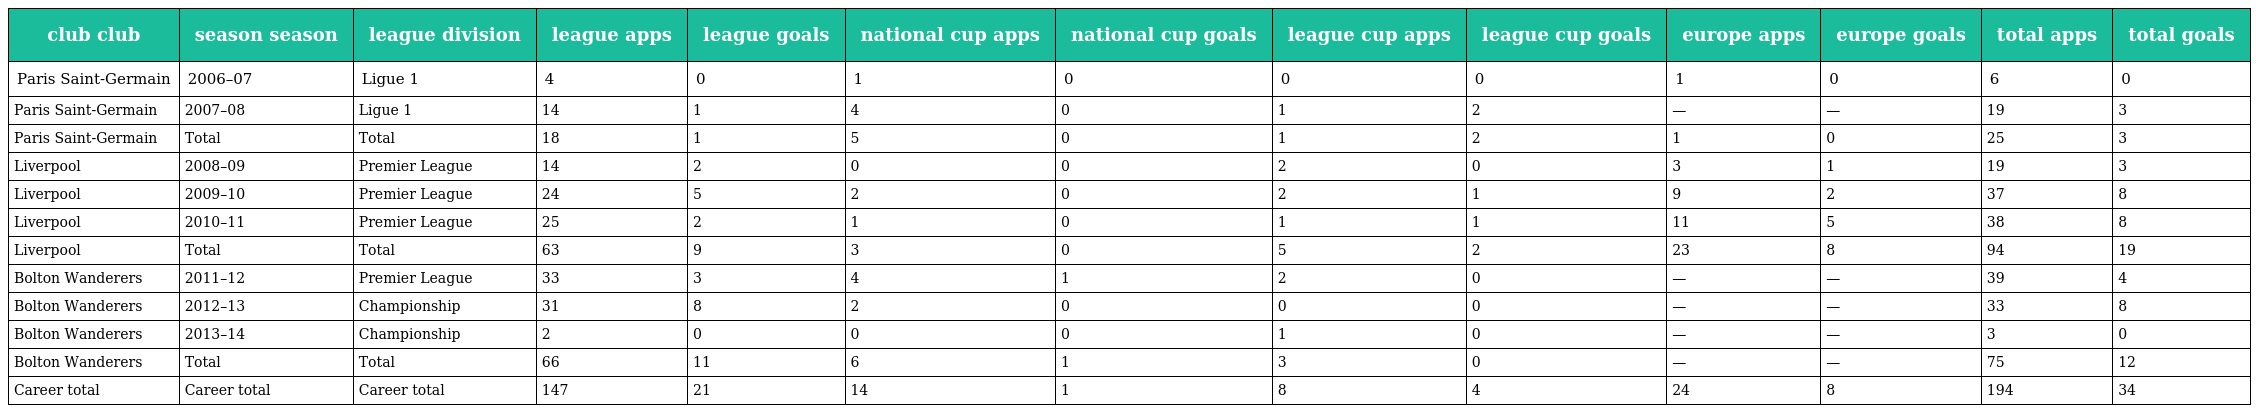
| club club | season season | league division | league apps | league goals | national cup apps | national cup goals | league cup apps | league cup goals | europe apps | europe goals | total apps | total goals |
 | --- | --- | --- | --- | --- | --- | --- | --- | --- | --- | --- | --- | --- |
 | Paris Saint-Germain | 2006–07 | Ligue 1 | 4 | 0 | 1 | 0 | 0 | 0 | 1 | 0 | 6 | 0 |
 | Paris Saint-Germain | 2007–08 | Ligue 1 | 14 | 1 | 4 | 0 | 1 | 2 | — | — | 19 | 3 |
 | Paris Saint-Germain | Total | Total | 18 | 1 | 5 | 0 | 1 | 2 | 1 | 0 | 25 | 3 |
 | Liverpool | 2008–09 | Premier League | 14 | 2 | 0 | 0 | 2 | 0 | 3 | 1 | 19 | 3 |
 | Liverpool | 2009–10 | Premier League | 24 | 5 | 2 | 0 | 2 | 1 | 9 | 2 | 37 | 8 |
 | Liverpool | 2010–11 | Premier League | 25 | 2 | 1 | 0 | 1 | 1 | 11 | 5 | 38 | 8 |
 | Liverpool | Total | Total | 63 | 9 | 3 | 0 | 5 | 2 | 23 | 8 | 94 | 19 |
 | Bolton Wanderers | 2011–12 | Premier League | 33 | 3 | 4 | 1 | 2 | 0 | — | — | 39 | 4 |
 | Bolton Wanderers | 2012–13 | Championship | 31 | 8 | 2 | 0 | 0 | 0 | — | — | 33 | 8 |
 | Bolton Wanderers | 2013–14 | Championship | 2 | 0 | 0 | 0 | 1 | 0 | — | — | 3 | 0 |
 | Bolton Wanderers | Total | Total | 66 | 11 | 6 | 1 | 3 | 0 | — | — | 75 | 12 |
 | Career total | Career total | Career total | 147 | 21 | 14 | 1 | 8 | 4 | 24 | 8 | 194 | 34 |